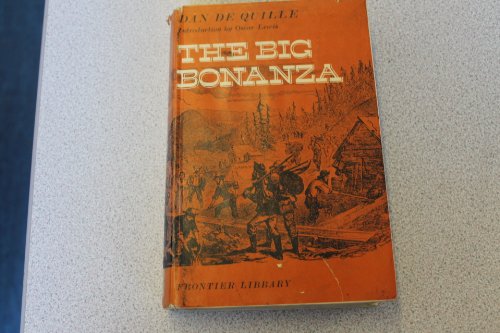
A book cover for Big Bonanza (Frontier Library); Dan DeQuille; Travel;